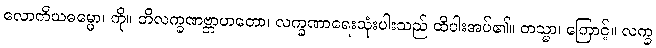
လောကိယဓမ္မော၊ ကို။ တိလက္ခဏဗ္ဘာဟတော၊ လက္ခဏာရေးသုံးပါးသည် ထိပါးအပ်၏။ တသ္မာ၊ ကြောင့်။ လက္ခ